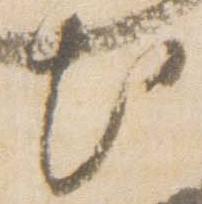
出